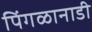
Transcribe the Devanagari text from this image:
पिंगळानाडी